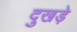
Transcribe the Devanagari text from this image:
दुखड़े